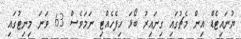
ޔުނައިޓެޑް އިން މެޗުގައި ގިނައިރު ބޯޅަ ހިފެހެއްޓި ނަަމަވެސް 63 ވަނަ މިނިޓުގައި